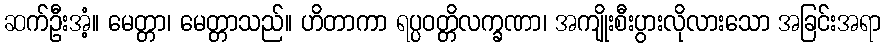
ဆက်ဦးအံ့။ မေတ္တာ၊ မေတ္တာသည်။ ဟိတာကာ ရပ္ပဝတ္တိလက္ခဏာ၊ အကျိုးစီးပွားလိုလားသော အခြင်းအရာ